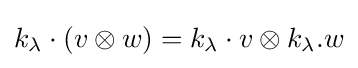
k_{\lambda }\cdot (v\otimes w)=k_{\lambda }\cdot v\otimes k_{\lambda }.w